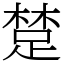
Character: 䠂